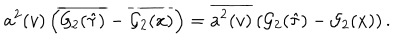
a ^ { 2 } ( v ) \left( \overline { { { { \cal G } _ { 2 } ( \hat { \tau } ) } } } - \overline { { { { \cal G } _ { 2 } ( x ) } } } \right) = \overline { { { { a ^ { 2 } } ( v ) } } } \left( { \cal G } _ { 2 } ( \hat { \tau } ) - { \cal G } _ { 2 } ( x ) \right) .